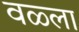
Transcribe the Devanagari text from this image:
वळ्ला